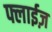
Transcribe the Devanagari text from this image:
फ्लाईज़